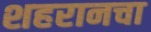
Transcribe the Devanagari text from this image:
शहरानचा